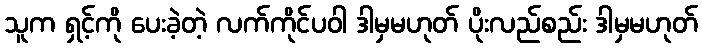
သူက ရှင့်ကို ပေးခဲ့တဲ့ လက်ကိုင်ပဝါ ဒါမှမဟုတ် ပိုးလည်စည်း ဒါမှမဟုတ်